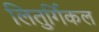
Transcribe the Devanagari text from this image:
लितुर्गिकल